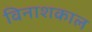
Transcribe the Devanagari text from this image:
विनाशकाल